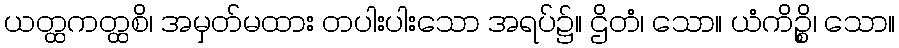
ယတ္ထကတ္ထစိ၊ အမှတ်မထား တပါးပါးသော အရပ်၌။ ဌိတံ၊ သော။ ယံကိဉ္စိ၊ သော။